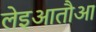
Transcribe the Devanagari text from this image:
लेइआतौआ